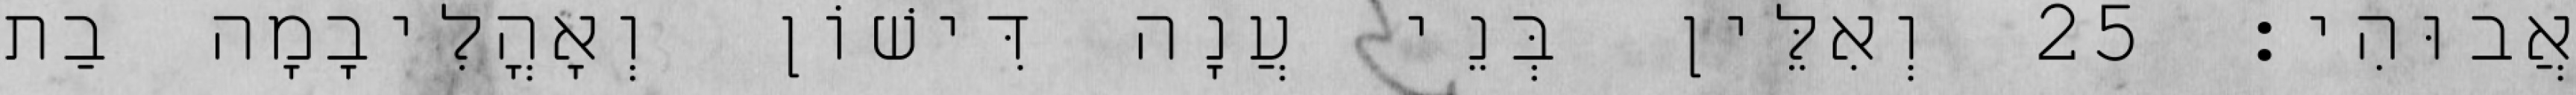
אֲבוּהִי׃ 25 וְאִלֵּין בְּנֵי עֲנָה דִּישׁוֹן וְאָהֳלִיבָמָה בַת